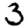
Digit: 3